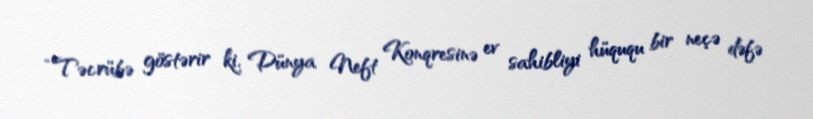
“Təcrübə göstərir ki, Dünya Neft Konqresinə ev sahibliyi hüququ bir neçə dəfə